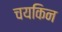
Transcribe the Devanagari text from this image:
चयकिन